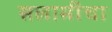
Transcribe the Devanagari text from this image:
सलामींचा